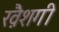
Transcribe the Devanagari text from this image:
ख़ैशगी